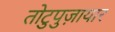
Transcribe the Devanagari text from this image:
तोटुपुज़ायार